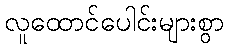
လူထောင်ပေါင်းများစွာ